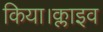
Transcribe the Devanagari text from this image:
किया।क्लाइव